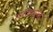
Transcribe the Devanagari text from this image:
सर्प्दंशामुळे